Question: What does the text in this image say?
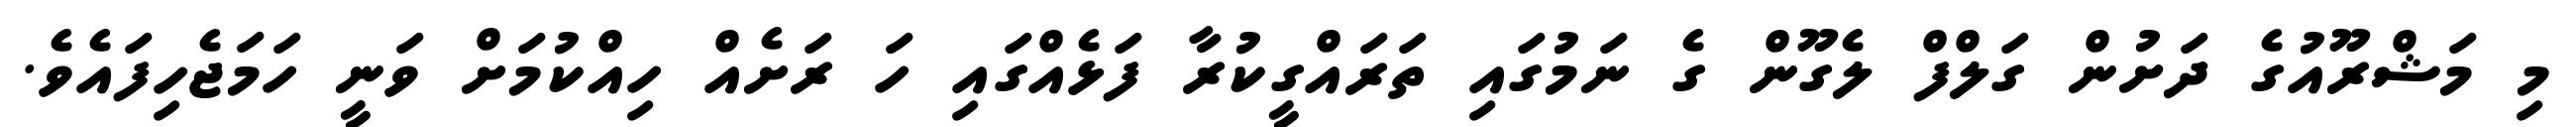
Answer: މި މަޝްރޫއުގެ ދަށުން ގަލްފް ލެގޫން ގެ ނަމުގައި ތަރައްގީކުރާ ފަޅެއްގައި ހަ ރަށެއް ހިއްކުމަށް ވަނީ ހަމަޖެހިފައެވެ.